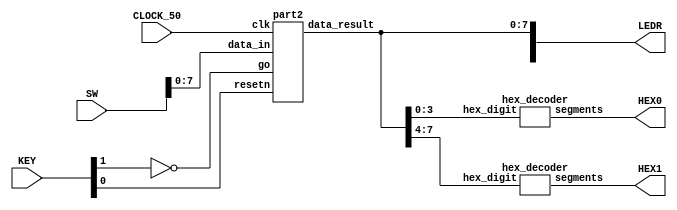
//Sw[7:0] data_in

//KEY[0] synchronous reset when pressed
//KEY[1] go signal

//LEDR displays result
//HEX0 & HEX1 also displays result

module fpga_top(SW, KEY, CLOCK_50, LEDR, HEX0, HEX1);
    input [9:0] SW;
    input [3:0] KEY;
    input CLOCK_50;
    output [9:0] LEDR;
    output [6:0] HEX0, HEX1;

    wire resetn;
    wire go;

    wire [7:0] data_result;
    assign go = ~KEY[1];
    assign resetn = KEY[0];

    part2 u0(
        .clk(CLOCK_50),
        .resetn(resetn),
        .go(go),
        .data_in(SW[7:0]),
        .data_result(data_result)
    );
      
    assign LEDR[7:0] = data_result;

    hex_decoder H0(
        .hex_digit(data_result[3:0]), 
        .segments(HEX0)
        );
        
    hex_decoder H1(
        .hex_digit(data_result[7:4]), 
        .segments(HEX1)
        );

endmodule

module part2(
    input clk,
    input resetn,
    input go,
    input [7:0] data_in,
    output [7:0] data_result
    );

    // lots of wires to connect our datapath and control
    wire ld_a, ld_b, ld_c, ld_x, ld_r;
    wire ld_alu_out;
    wire [1:0]  alu_select_a, alu_select_b;
    wire alu_op;

    control C0(
        .clk(clk),
        .resetn(resetn),
        
        .go(go),
        
        .ld_alu_out(ld_alu_out), 
        .ld_x(ld_x),
        .ld_a(ld_a),
        .ld_b(ld_b),
        .ld_c(ld_c), 
        .ld_r(ld_r), 
        
        .alu_select_a(alu_select_a),
        .alu_select_b(alu_select_b),
        .alu_op(alu_op)
    );

    datapath D0(
        .clk(clk),
        .resetn(resetn),

        .ld_alu_out(ld_alu_out), 
        .ld_x(ld_x),
        .ld_a(ld_a),
        .ld_b(ld_b),
        .ld_c(ld_c), 
        .ld_r(ld_r), 

        .alu_select_a(alu_select_a),
        .alu_select_b(alu_select_b),
        .alu_op(alu_op),

        .data_in(data_in),
        .data_result(data_result)
    );
                
 endmodule        
                

module control(
    input clk,
    input resetn,
    input go,

    output reg  ld_a, ld_b, ld_c, ld_x, ld_r,
    output reg  ld_alu_out,
    output reg [1:0]  alu_select_a, alu_select_b,
    output reg alu_op
    );

    reg [5:0] current_state, next_state; 
    
    localparam  S_LOAD_A        = 5'd0,
                S_LOAD_A_WAIT   = 5'd1,
                S_LOAD_B        = 5'd2,
                S_LOAD_B_WAIT   = 5'd3,
                S_LOAD_C        = 5'd4,
                S_LOAD_C_WAIT   = 5'd5,
                S_LOAD_X        = 5'd6,
                S_LOAD_X_WAIT   = 5'd7,
                S_CYCLE_0       = 5'd8,
                S_CYCLE_1       = 5'd9,
                S_CYCLE_2       = 5'd10;
    
    // Next state logic aka our state table
    always@(*)
    begin: state_table 
            case (current_state)
                S_LOAD_A: next_state = go ? S_LOAD_A_WAIT : S_LOAD_A; // Loop in current state until value is input
                S_LOAD_A_WAIT: next_state = go ? S_LOAD_A_WAIT : S_LOAD_B; // Loop in current state until go signal goes low
                S_LOAD_B: next_state = go ? S_LOAD_B_WAIT : S_LOAD_B; // Loop in current state until value is input
                S_LOAD_B_WAIT: next_state = go ? S_LOAD_B_WAIT : S_LOAD_C; // Loop in current state until go signal goes low
                S_LOAD_C: next_state = go ? S_LOAD_C_WAIT : S_LOAD_C; // Loop in current state until value is input
                S_LOAD_C_WAIT: next_state = go ? S_LOAD_C_WAIT : S_LOAD_X; // Loop in current state until go signal goes low
                S_LOAD_X: next_state = go ? S_LOAD_X_WAIT : S_LOAD_X; // Loop in current state until value is input
                S_LOAD_X_WAIT: next_state = go ? S_LOAD_X_WAIT : S_CYCLE_0; // Loop in current state until go signal goes low
                S_CYCLE_0: next_state = S_CYCLE_1;
                S_CYCLE_1: next_state = S_LOAD_A; // we will be done our two operations, start over after
            default:     next_state = S_LOAD_A;
        endcase
    end // state_table
   

    // Output logic aka all of our datapath control signals
    always @(*)
    begin: enable_signals
        // By default make all our signals 0 to avoid latches.
        // This is a different style from using a default statement.
        // It makes the code easier to read.  If you add other out
        // signals be sure to assign a default value for them here.
        ld_alu_out = 1'b0;
        ld_a = 1'b0;
        ld_b = 1'b0;
        ld_c = 1'b0;
        ld_x = 1'b0;
        ld_r = 1'b0;
        alu_select_a = 2'b0;
        alu_select_b = 2'b0;
        alu_op       = 1'b0;

        case (current_state)
            S_LOAD_A: begin
                ld_a = 1'b1;
                end
            S_LOAD_B: begin
                ld_b = 1'b1;
                end
            S_LOAD_C: begin
                ld_c = 1'b1;
                end
            S_LOAD_X: begin
                ld_x = 1'b1;
                end
            S_CYCLE_0: begin // Do A <- A * A 
                ld_alu_out = 1'b1; ld_a = 1'b1; // store result back into A
                alu_select_a = 2'b00; // Select register A
                alu_select_b = 2'b00; // Also select register A
                alu_op = 1'b1; // Do multiply operation
            end
            S_CYCLE_1: begin
                ld_r = 1'b1; // store result in result register
                alu_select_a = 2'b00; // Select register A
                alu_select_b = 2'b10; // Select register C
                alu_op = 1'b0; // Do Add operation
            end
        // default:    // don't need default since we already made sure all of our outputs were assigned a value at the start of the always block
        endcase
    end // enable_signals
   
    // current_state registers
    always@(posedge clk)
    begin: state_FFs
        if(!resetn)
            current_state <= S_LOAD_A;
        else
            current_state <= next_state;
    end // state_FFS
endmodule

module datapath(
    input clk,
    input resetn,
    input [7:0] data_in,
    input ld_alu_out, 
    input ld_x, ld_a, ld_b, ld_c,
    input ld_r,
    input alu_op, 
    input [1:0] alu_select_a, alu_select_b,
    output reg [7:0] data_result
    );
    
    // input registers
    reg [7:0] a, b, c, x;

    // output of the alu
    reg [7:0] alu_out;
    // alu input muxes
    reg [7:0] alu_a, alu_b;
    
    // Registers a, b, c, x with respective input logic
    always@(posedge clk) begin
        if(!resetn) begin
            a <= 8'b0; 
            b <= 8'b0; 
            c <= 8'b0; 
            x <= 8'b0; 
        end
        else begin
            if(ld_a)
                a <= ld_alu_out ? alu_out : data_in; // load alu_out if load_alu_out signal is high, otherwise load from data_in
            if(ld_b)
                b <= ld_alu_out ? alu_out : data_in; // load alu_out if load_alu_out signal is high, otherwise load from data_in
            if(ld_x)
                x <= data_in;

            if(ld_c)
                c <= data_in;
        end
    end
 
    // Output result register
    always@(posedge clk) begin
        if(!resetn) begin
            data_result <= 8'b0; 
        end
        else 
            if(ld_r)
                data_result <= alu_out;
    end

    // The ALU input multiplexers
    always @(*)
    begin
        case (alu_select_a)
            2'd0:
                alu_a = a;
            2'd1:
                alu_a = b;
            2'd2:
                alu_a = c;
            2'd3:
                alu_a = x;
            default: alu_a = 8'b0;
        endcase

        case (alu_select_b)
            2'd0:
                alu_b = a;
            2'd1:
                alu_b = b;
            2'd2:
                alu_b = c;
            2'd3:
                alu_b = x;
            default: alu_b = 8'b0;
        endcase
    end

    // The ALU 
    always @(*)
    begin : ALU
        // alu
        case (alu_op)
            0: begin
                   alu_out = alu_a + alu_b; //performs addition
               end
            1: begin
                   alu_out = alu_a * alu_b; //performs multiplication
               end
            default: alu_out = 8'b0;
        endcase
    end
    
endmodule


module hex_decoder(hex_digit, segments);
    input [3:0] hex_digit;
    output reg [6:0] segments;
   
    always @(*)
        case (hex_digit)
            4'h0: segments = 7'b100_0000;
            4'h1: segments = 7'b111_1001;
            4'h2: segments = 7'b010_0100;
            4'h3: segments = 7'b011_0000;
            4'h4: segments = 7'b001_1001;
            4'h5: segments = 7'b001_0010;
            4'h6: segments = 7'b000_0010;
            4'h7: segments = 7'b111_1000;
            4'h8: segments = 7'b000_0000;
            4'h9: segments = 7'b001_1000;
            4'hA: segments = 7'b000_1000;
            4'hB: segments = 7'b000_0011;
            4'hC: segments = 7'b100_0110;
            4'hD: segments = 7'b010_0001;
            4'hE: segments = 7'b000_0110;
            4'hF: segments = 7'b000_1110;   
            default: segments = 7'h7f;
        endcase
endmodule